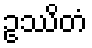
ဥဿိတံ